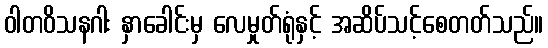
ဝါတဝိသနဂါး နှာခေါင်းမှ လေမှုတ်ရုံနှင့် အဆိပ်သင့်စေတတ်သည်။